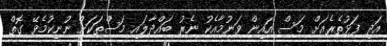
އަދި ފަޅުތެރެއަށް މަސް އައިން ވަނުމާއެކު ނެރު ބައްދާލައި މަސްތަކަށް ނުނިކުމެވޭ ގޮތް